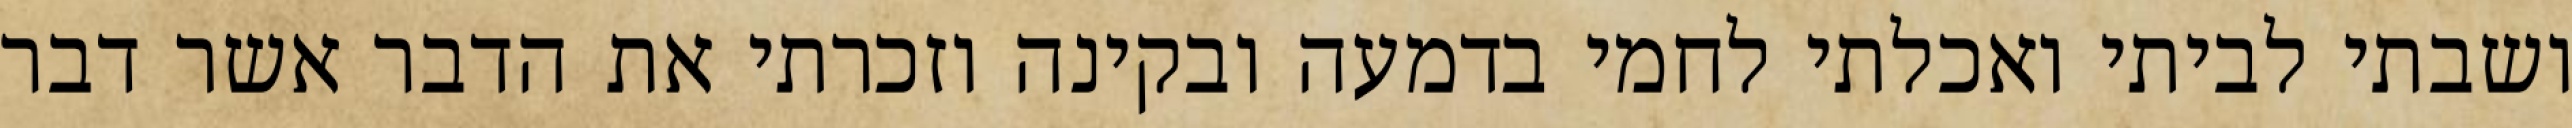
ושבתי לביתי ואכלתי לחמי בדמעה ובקינה וזכרתי את הדבר אשר דבר